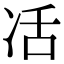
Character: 㓉